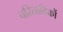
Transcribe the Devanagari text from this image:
चरितादिकों